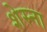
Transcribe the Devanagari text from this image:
शेस्ना